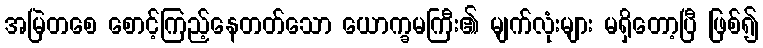
အမြဲတစေ စောင့်ကြည့်နေတတ်သော ယောက္ခမကြီး၏ မျက်လုံးများ မရှိတော့ပြီ ဖြစ်၍